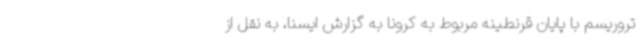
تروریسم با پایان قرنطینه مربوط به کرونا به گزارش ایسنا، به نقل از